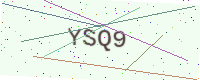
Text: YSQ9